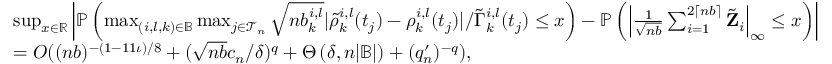
\begin{array} { r l } & { \operatorname* { s u p } _ { x \in \mathbb { R } } \left| \mathbb { P } \left( \operatorname* { m a x } _ { ( i , l , k ) \in \mathbb { B } } \operatorname* { m a x } _ { j \in \mathcal { T } _ { n } } \sqrt { n b _ { k } ^ { i , l } } | \tilde { \rho } _ { k } ^ { i , l } ( t _ { j } ) - \rho _ { k } ^ { i , l } ( t _ { j } ) | / \tilde { \Gamma } _ { k } ^ { i , l } ( t _ { j } ) \leq x \right) - \mathbb { P } \left( \left| \frac { 1 } { \sqrt { n b } } \sum _ { i = 1 } ^ { 2 \lceil n b \rceil } \tilde { \mathbf Z } _ { i } \right| _ { \infty } \leq x \right) \right| } \\ & { = O ( ( n b ) ^ { - ( 1 - 1 1 \iota ) / 8 } + ( \sqrt { n b } c _ { n } / \delta ) ^ { q } + \Theta \left( \delta , n | \mathbb { B } | \right) + ( q _ { n } ^ { \prime } ) ^ { - q } ) , } \end{array}